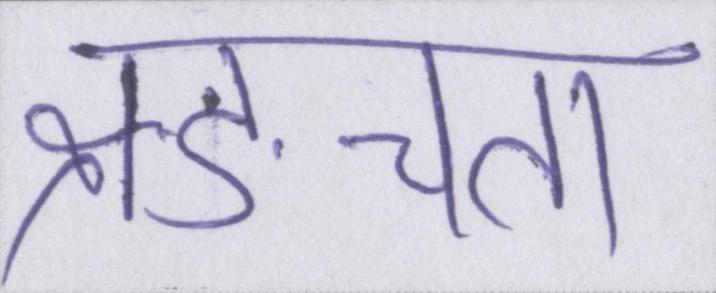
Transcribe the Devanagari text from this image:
ङ्क्षचता